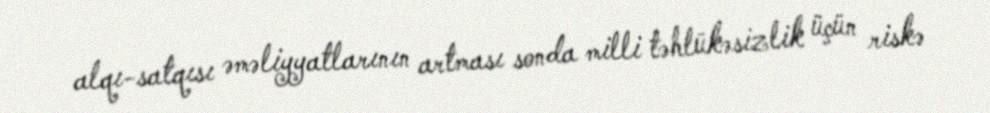
alqı-satqısı əməliyyatlarının artması sonda milli təhlükəsizlik üçün riskə